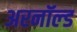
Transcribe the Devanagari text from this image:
अरनॉल्‍ड